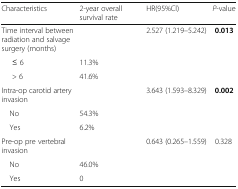
<table><thead><tr><td><b>Characteristics</b></td><td><b>2-year overall survival rate</b></td><td><b>HR(95%Cl)</b></td><td><b><i>P</i>-value</b></td></tr></thead><tbody><tr><td>Time interval between radiation and salvage surgery (months)</td><td></td><td>2.527 (1.219–5.242)</td><td><b>0.013</b></td></tr><tr><td>≤ 6</td><td>11.3%</td><td></td><td></td></tr><tr><td>&gt; 6</td><td>41.6%</td><td></td><td></td></tr><tr><td>Intra-op carotid artery invasion</td><td></td><td>3.643 (1.593–8.329)</td><td><b>0.002</b></td></tr><tr><td> No</td><td>54.3%</td><td></td><td></td></tr><tr><td> Yes</td><td>6.2%</td><td></td><td></td></tr><tr><td>Pre-op pre vertebral invasion</td><td></td><td>0.643 (0.265–1.559)</td><td>0.328</td></tr><tr><td> No</td><td>46.0%</td><td></td><td></td></tr><tr><td> Yes</td><td>0</td><td></td><td></td></tr></tbody></table>